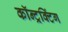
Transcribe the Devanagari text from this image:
कॉन्ट्रक्टिंग